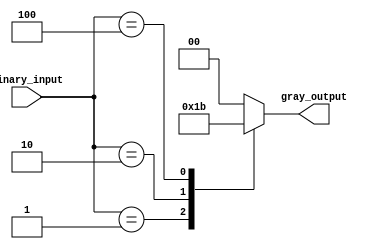
module gray_encoder (
    input [3:0] binary_input,
    output reg [1:0] gray_output
);

always @(*) begin
    case(binary_input)
        4'b0001: gray_output = 2'b01;
        4'b0010: gray_output = 2'b10;
        4'b0100: gray_output = 2'b11;
        4'b1000: gray_output = 2'b00;
        default: begin
            gray_output = 2'b00; // default to all zeros if input is invalid
        end
    endcase
end

endmodule